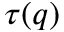
\tau ( q )